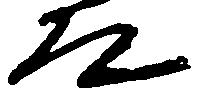
道